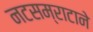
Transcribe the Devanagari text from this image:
नटसम्राटाने